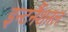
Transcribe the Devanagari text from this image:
इन्टर्नैशनल